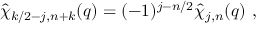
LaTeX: \hat { \chi } _ { k / 2 - j , n + k } ( q ) = ( - 1 ) ^ { j - n / 2 } \hat { \chi } _ { j , n } ( q ) ~ ,